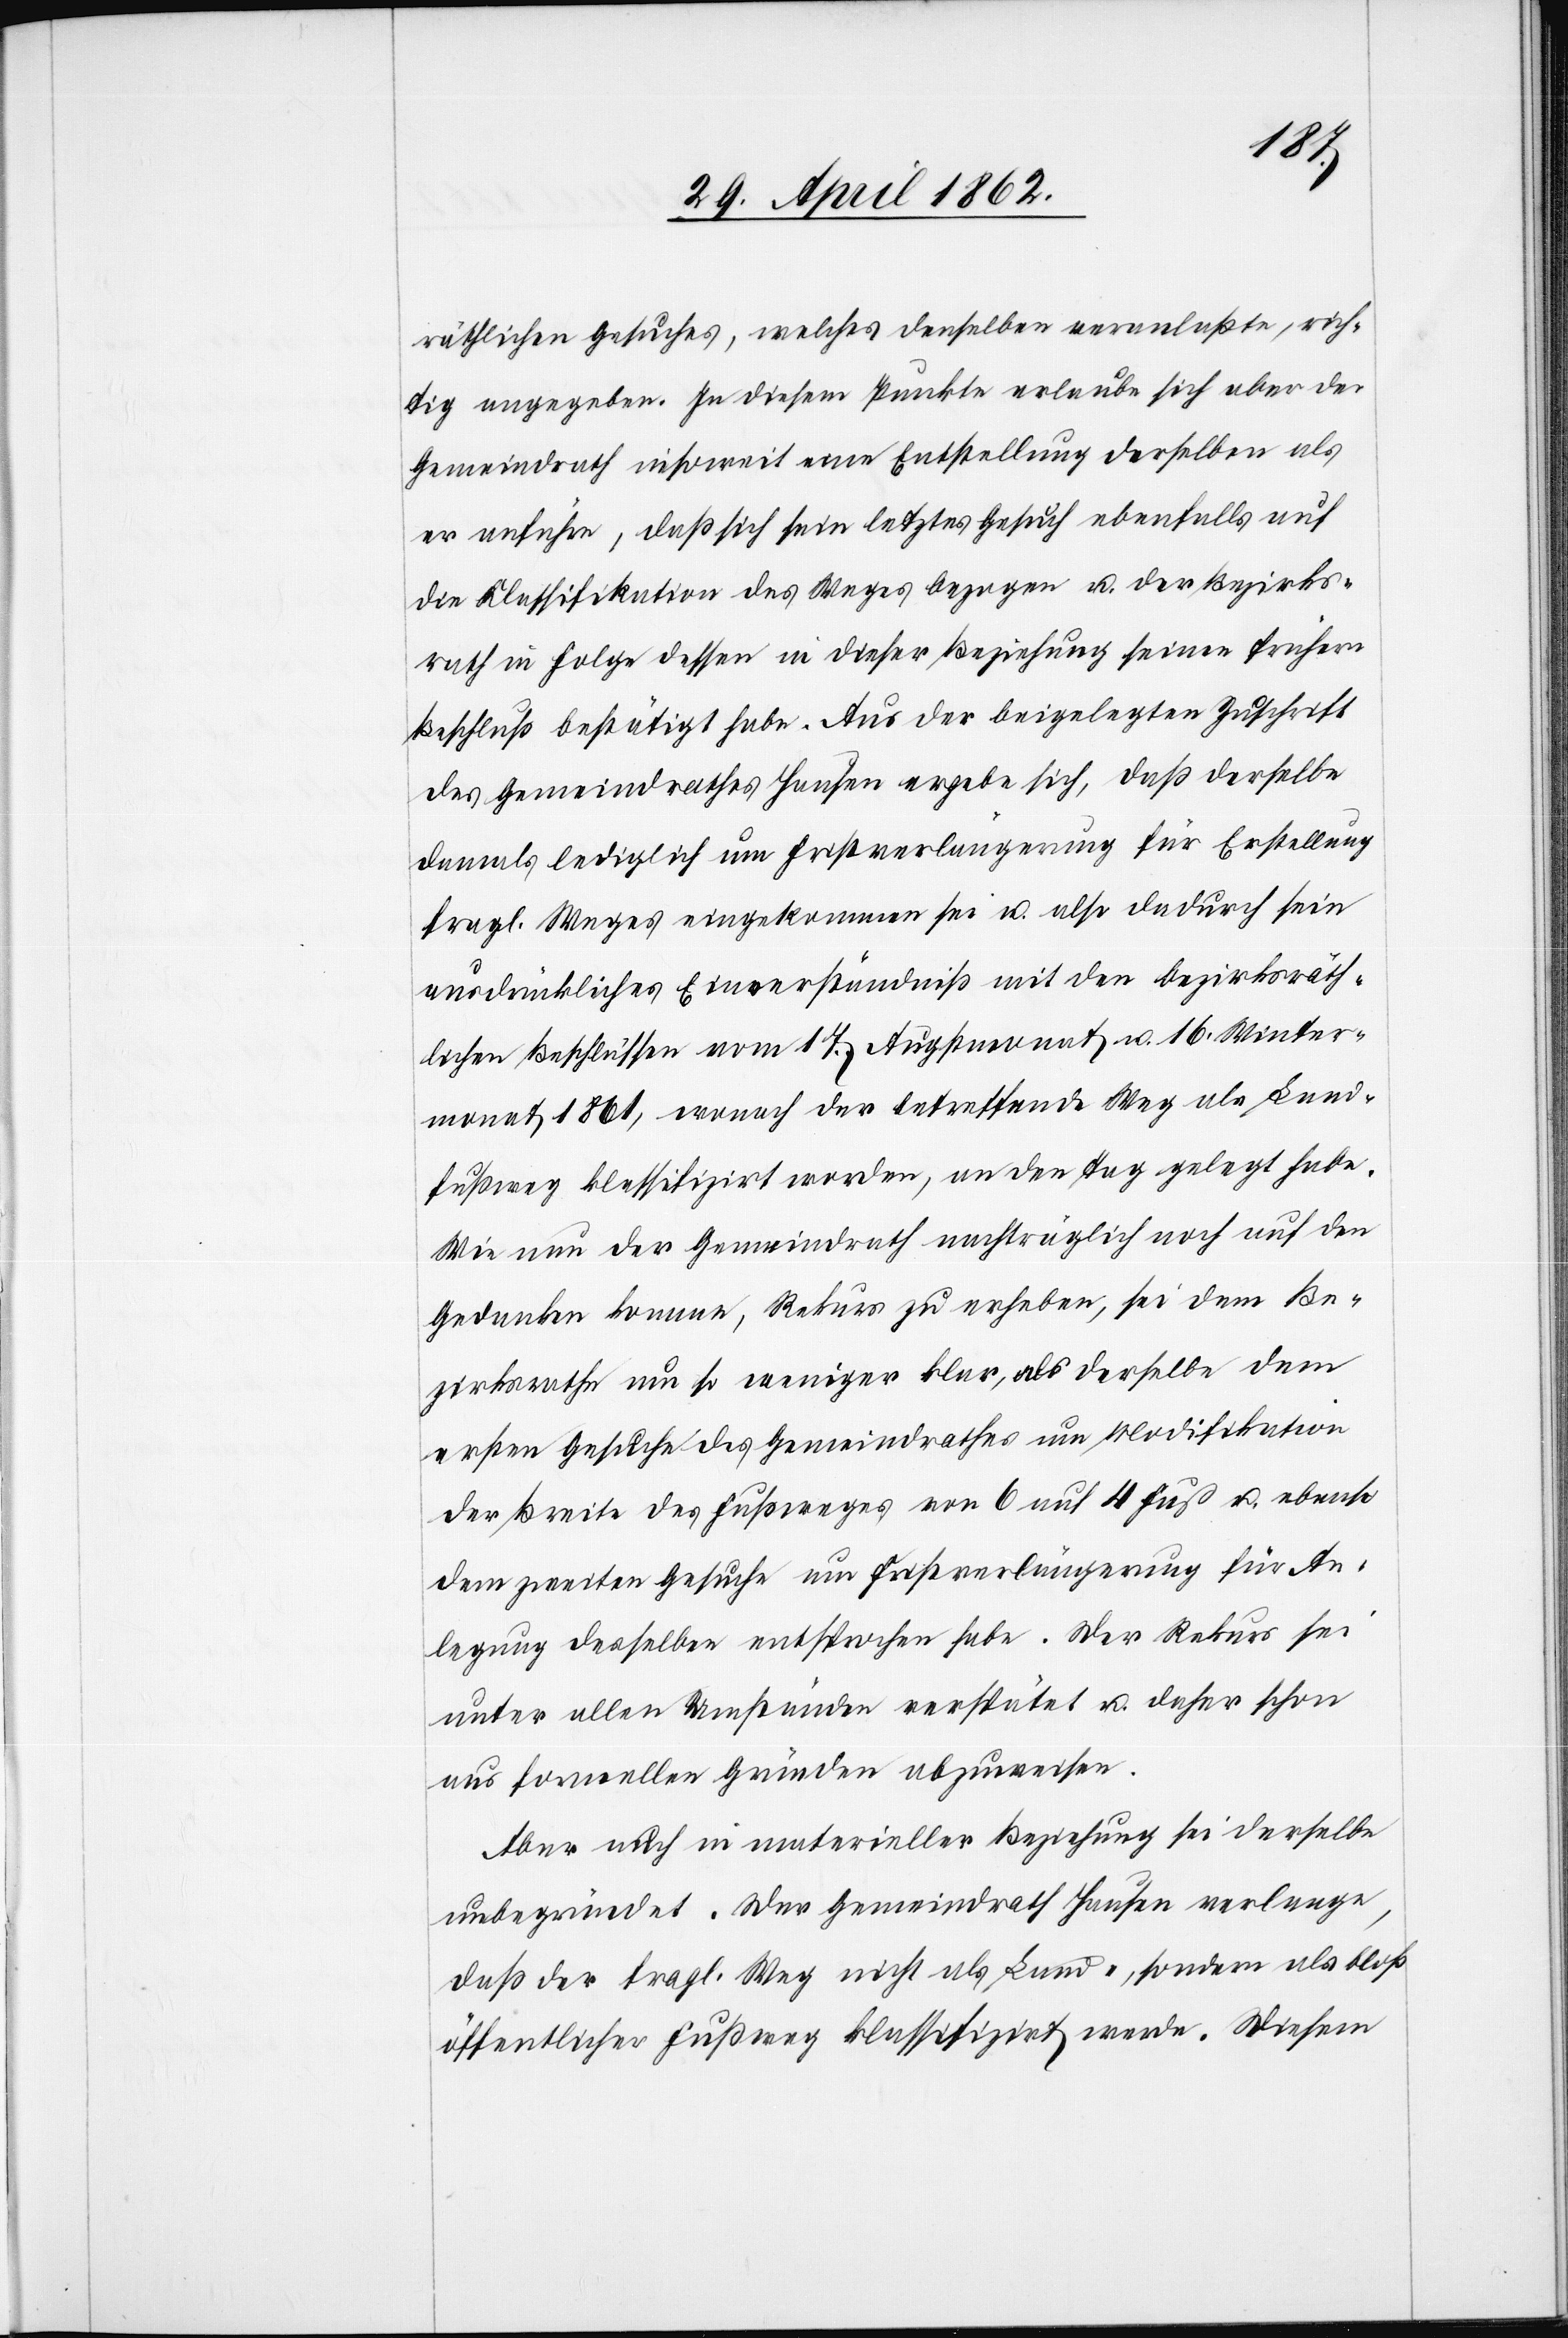
räthlichen Gesuches, welches denselben veranlaßte, rich¬
tig angegeben. In diesem Punkte erlaube sich aber der
Gemeindrath insoweit eine Entstellung derselben als
er anführe, daß sich sein letztes Gesuch ebenfalls auf
die Klassifikation des Weges bezogen u. der Bezirks¬
rath in Folge dessen in dieser Beziehung seinen frühern
Beschluß bestätigt habe. Aus der beigelegten Zuschrift
des Gemeindrathes Hausen ergebe sich, daß derselbe
damals lediglich um Fristverlängerung für Erstellung
fragl. Weges eingekommen sei u. also dadurch sein
ausdrückliches Einverständniß mit den bezirksräth¬
lichen Beschlüssen vom 17. Augstmonat u. 16. Winter¬
monat 1861, wonach der betreffende Weg als Land¬
fußweg klassifizirt worden, an den Tag gelegt habe.
Wie nun der Gemeindrath nachträglich noch auf den
Gedanken komme, Rekurs zu erheben, sei dem Be¬
zirksrathe um so weniger klar, als derselbe dem
ersten Gesuche des Gemeindrathes um Modifikation
der Breite des Fußweges von 6 auf 4 Fuß u. ebenso
dem zweiten Gesuche um Fristverlängerung für An¬
legung desselben entsprochen habe. Der Rekurs sei
unter allen Umständen verspätet u. daher schon
aus formellen Gründen abzuweisen.
Aber auch in materieller Beziehung sei derselbe
unbegründet. Der Gemeindrath Hausen verlange,
daß der fragl. Weg nicht als Land- sondern als bloß
öffentlicher Fußweg klassifizirt werde. Diesem